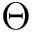
\Theta